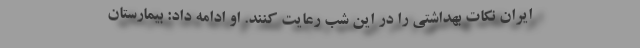
ایران نکات بهداشتی را در این شب رعایت کنند. او ادامه داد: بیمارستان